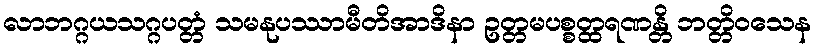
လာဘဂ္ဂယသဂ္ဂပတ္တံ သမနုပဿာမီတိအာဒိနာ ဥတ္တမပစ္စတ္ထရဏန္တိ ဘတ္တိဝသေန